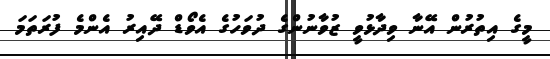
މީގެ އިތުރުން އޭނާ ވިދާޅުވީ ޒުވާނުންގެ ދުވަހުގެ އެވޯޑް ދޭއިރު އެންމެ ފުރަތަމަ